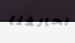
يحالفنا